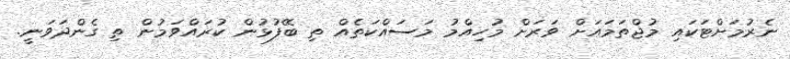
ނެރުމަށްޓަކައި މުޖްތަމައަށް ވަރަށް މުހިއްމު މަސައްކަތެއް ތި ބޭފުޅުން ކުރައްވަމުން ތި ގެންދަވަނީ.